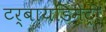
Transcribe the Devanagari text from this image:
टर्बायडिमेट्री